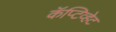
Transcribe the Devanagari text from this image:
कॅप्टिव्हेट